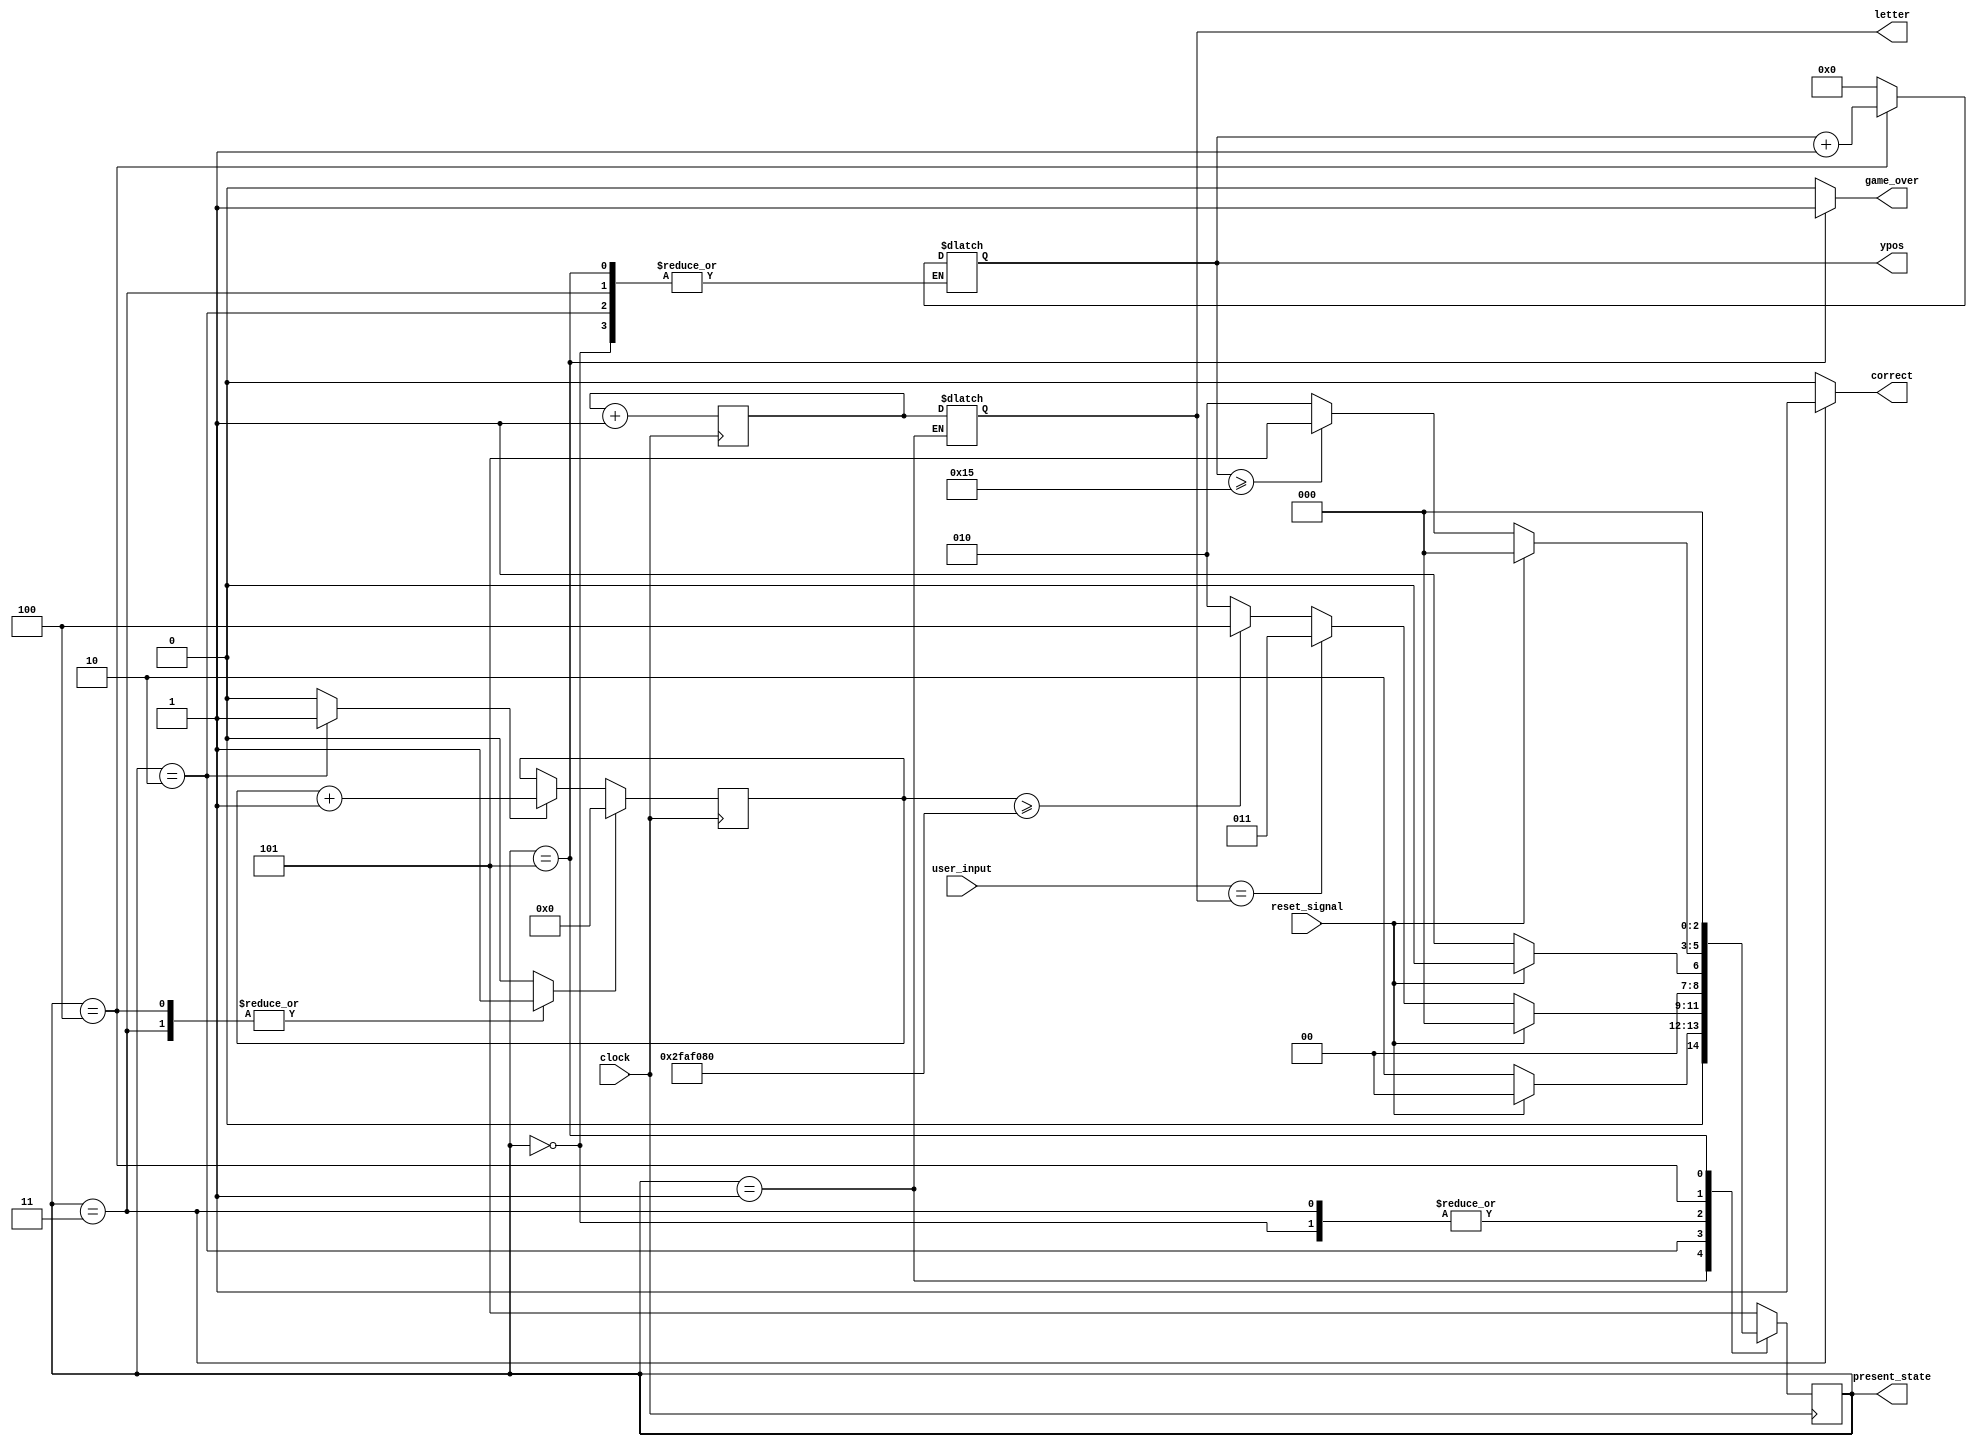

// Going down state machine

module Column_State_Machine(clock, user_input, reset_signal, ypos, game_over, correct, letter, present_state);

    input reset_signal, clock;
    input [7:0] user_input;
    output reg game_over, correct;
    output reg [4:0] ypos;
    output reg [7:0] letter;

    parameter StartState = 3'b000,
              ResetState = 3'b001,
              DelayState = 3'b010,
            CorrectState = 3'b011,
         MovingDownState = 3'b100,
        BoardBottomState = 3'b101;

    output reg [2:0]  present_state;
    reg [2:0]  next_state;
    reg [25:0] time_delay;
    reg [7:0]  randomletter;

    reg reset_time_delay;
    reg inc_time_delay;

    // Calculate nest state
    always @ (present_state or reset_signal or user_input or ypos or time_delay or letter) begin
        case (present_state)
            StartState: begin
                next_state <= reset_signal ? StartState : ResetState;
            end
            ResetState: begin
                if (~reset_signal) begin
                    next_state <= DelayState;
                end
                else begin
                    next_state <= StartState;
                end
            end
            DelayState: begin
                if (reset_signal) begin
                    next_state <= StartState;
                end
                else if (user_input == letter) begin
                    next_state <= CorrectState;
                end
                else if (time_delay >= 26'd50000000) begin
                    next_state <= MovingDownState;
                end
                else begin
                    next_state <= DelayState;
                end
            end
            CorrectState: begin
                if (~reset_signal) begin
                    next_state <= ResetState;
                end
                else begin
                    next_state <= StartState;
                end
            end
            MovingDownState: begin
                if (reset_signal) begin
                    next_state <= StartState;
                end
                else if (ypos >= 5'd21) begin
                    next_state <= BoardBottomState;
                end
                else begin
                    next_state <= DelayState;
                end
            end
            BoardBottomState: begin
                next_state <= StartState;
            end
        default: next_state <= BoardBottomState;
        endcase
    end

    // storage 
    always @ (posedge clock) begin
        present_state <= next_state;
        randomletter <= randomletter + 8'd1;
        if (reset_time_delay) begin
            time_delay <= 26'd0;
        end else if (inc_time_delay) begin
            time_delay <= time_delay + 26'd1;
        end
    end

    // Calculate outputs
    always @ (present_state) begin
        case (present_state)
            StartState      : begin
                inc_time_delay = 1'b0;
                reset_time_delay = 1'b0;

                ypos      <= ypos;
                game_over <= 1'b0;
                correct   <= 1'b0;
                letter    <= letter;
            end
            ResetState      : begin
                inc_time_delay = 1'b0;
                reset_time_delay = 1'b0;

                ypos      <= 5'd0;
                game_over <= 1'b0;
                correct   <= 1'b0;
                letter    <= randomletter;
            end
            DelayState      :  begin
                inc_time_delay = 1'b1;
                reset_time_delay = 1'b0;

                ypos      <= ypos;
                game_over <= 1'b0;
                correct   <= 1'b0;
                letter    <= letter;
            end
            CorrectState    : begin
                inc_time_delay = 1'b0;
                reset_time_delay = 1'b1;

                ypos      <= ypos;
                game_over <= 1'b0;
                correct   <= 1'b1;
                letter    <= letter;
            end
            MovingDownState : begin
                inc_time_delay = 1'b0;
                reset_time_delay = 1'b1;

                ypos      <= ypos + 5'd1;
                game_over <= 1'b0;
                correct   <= 1'b0;
                letter    <= letter;
            end
            BoardBottomState: begin
                inc_time_delay = 1'b0;
                reset_time_delay = 1'b0;

                ypos      <= ypos;
                game_over <= 1'b1;
                correct   <= 1'b0;
                letter    <= letter;
            end
            default: begin
                inc_time_delay = 1'b0;
                reset_time_delay = 1'b0;

                ypos      <= 5'd0;
                game_over <= 1'b0;
                correct   <= 1'b0;
                letter    <= letter;
        end
        endcase 
    end

endmodule